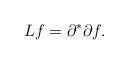
LaTeX: \begin{align*}Lf=\partial^\ast\partial f.\end{align*}